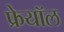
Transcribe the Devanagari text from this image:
फ्रेयॉल